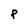
Character: P